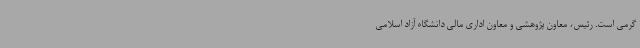
گرمی است. رئیس، معاون پژوهشی و معاون اداری مالی دانشگاه آزاد اسلامی